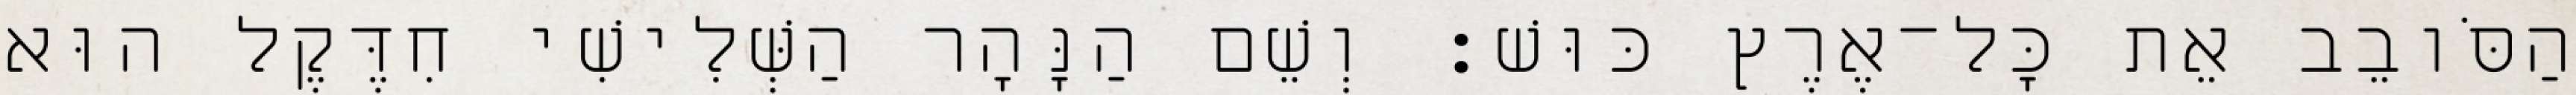
הַסֹּובֵב אֵת כָּל־אֶרֶץ כּוּשׁ׃ וְשֵׁם הַנָּהָר הַשְּׁלִישִׁי חִדֶּקֶל הוּא